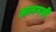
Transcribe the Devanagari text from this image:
अलमन्नी